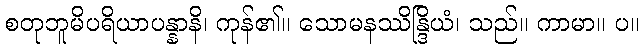
စတုဘူမိပရိယာပန္နာနိ၊ ကုန်၏။ သောမနဿိန္ဒြိယံ၊ သည်။ ကာမာ။ ပ။